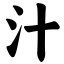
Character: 汁